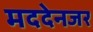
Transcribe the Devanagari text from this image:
मददेनजर